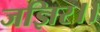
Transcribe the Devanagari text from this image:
जज्ञिर।।